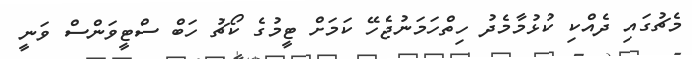
މެޗުގައި ދެއްކި ކުޅުމާމެދު ހިތްހަމަނުޖެހޭ ކަމަށް ޓީމުގެ ކޯޗު ހަބް ސްޓީވަންސް ވަނީ